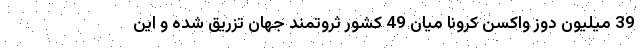
39 میلیون دوز واکسن کرونا میان 49 کشور ثروتمند جهان تزریق شده و این